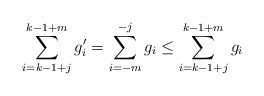
\begin{align*}\sum_{i=k-1+j}^{k-1+m}g'_i= \sum_{i=-m}^{-j}g_i\le \sum_{i=k-1+j}^{k-1+m}g_i\end{align*}